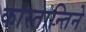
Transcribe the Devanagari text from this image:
कांस्तान्तिने